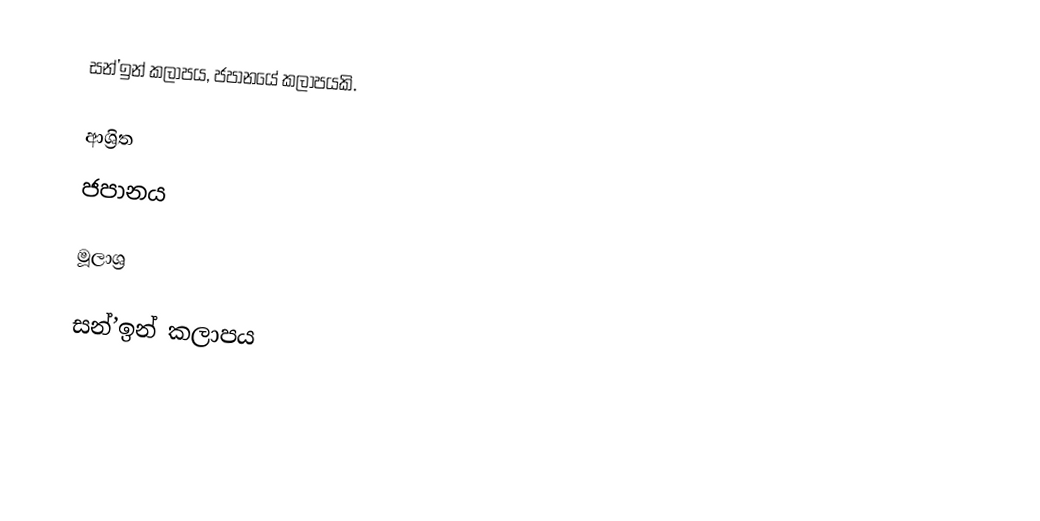
සන්’ඉන් කලාපය, ජපානයේ කලාපයකි.

ආශ්‍රිත
 ජපානය

මූලාශ්‍ර

සන්’ඉන් කලාපය